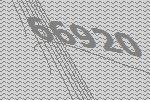
66920